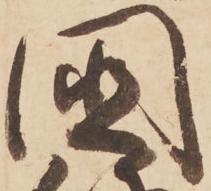
国